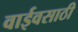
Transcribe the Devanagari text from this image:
वाईवसाठी